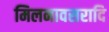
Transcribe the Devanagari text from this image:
मिलनावसरादि